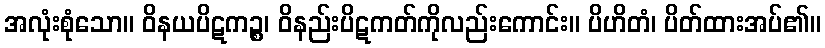
အလုံးစုံသော။ ဝိနယပိဋကဉ္စ၊ ဝိနည်းပိဋကတ်ကိုလည်းကောင်း။ ပိဟိတံ၊ ပိတ်ထားအပ်၏။